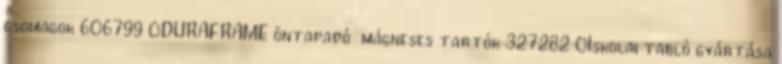
csomagok 606799 0DURAFRAME öntapadó mágneses tartók 327282 0Iskolai tabló gyártása